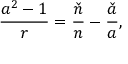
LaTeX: \frac { a ^ { 2 } - 1 } { r } = \frac { \check { n } } { n } - \frac { \check { a } } { a } ,